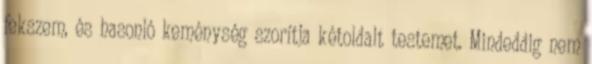
fekszem, és hasonló keménység szorítja kétoldalt testemet. Mindeddig nem